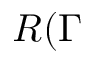
R ( \Gamma